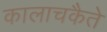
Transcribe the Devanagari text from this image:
कालाचकैते